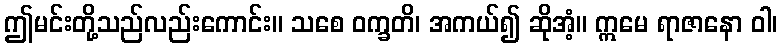
ဤမင်းတို့သည်လည်းကောင်း။ သစေ ဝက္ခတိ၊ အကယ်၍ ဆိုအံ့။ ဣမေ ရာဇာနော ဝါ၊